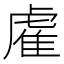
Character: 雐